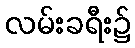
လမ်းခရီး၌